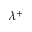
\lambda ^ { + }